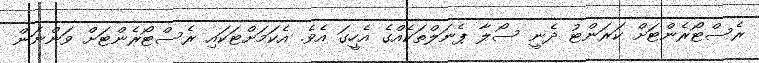
ރެސްޓޯރެންޓަށް ކަރަންޓު ދެނީ ސޯލާ ޕެނަލްތަކެއްގެ އެހީގަ އެވެ. އެކަމަށްޓަކައި ރެސްޓޯރެންޓަށް ވަންނަން